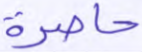
حاصرة